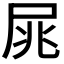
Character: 𡱜